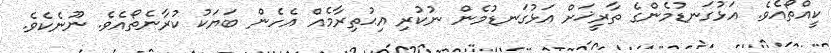
ކީއްތޯއެވެ. އަޅުގަނޑުމެންގެ ތާރީޚަށް އަޅުގަނޑުމެން ނުކުރި އިޙުތިރާމެއް އެހެން ބަޔަކު ކުރާނެތޯއެވެ. ނޫނެކެވެ.